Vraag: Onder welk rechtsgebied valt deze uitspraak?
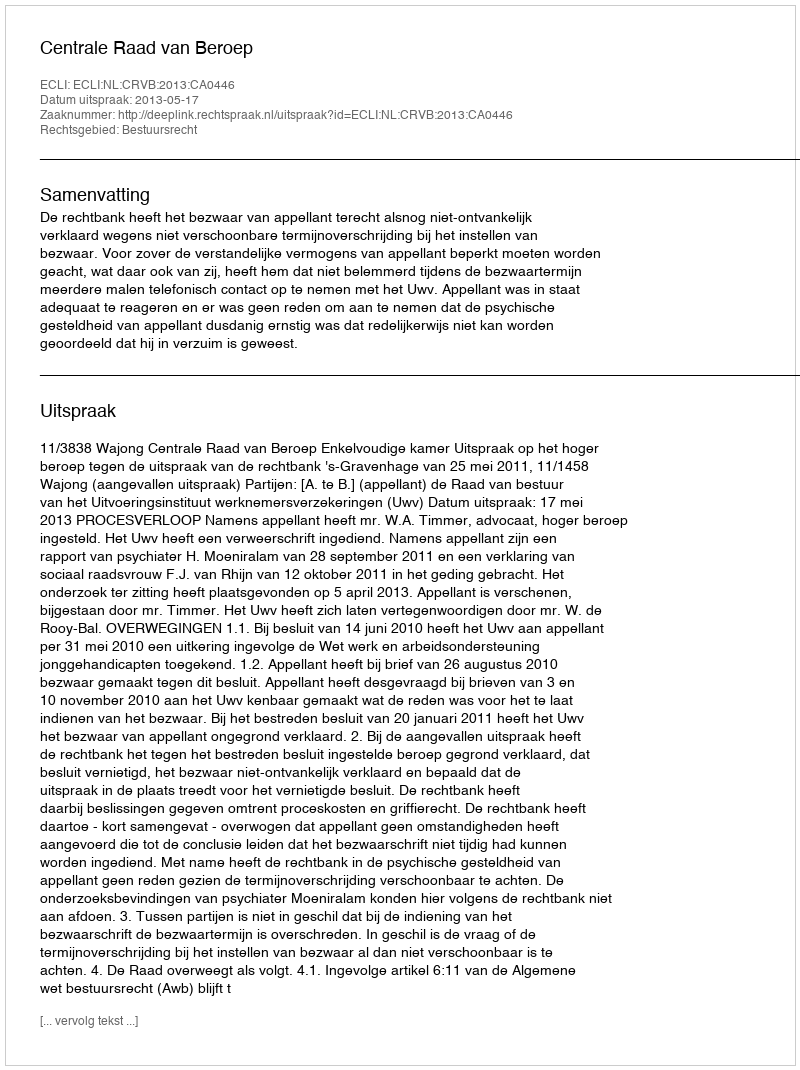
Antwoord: Bestuursrecht